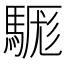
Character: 𩤴